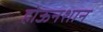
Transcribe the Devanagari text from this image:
होऊनशान